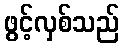
ဖွင့်လှစ်သည်